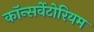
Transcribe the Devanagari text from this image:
कॉन्सर्वेटोरियम